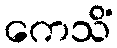
ကေသိံ